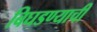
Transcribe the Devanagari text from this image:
बिघडण्याची